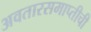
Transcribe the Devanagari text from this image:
अवतारसमाप्तीची